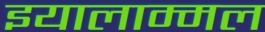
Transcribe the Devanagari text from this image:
इयालाम्मल